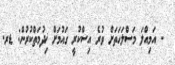
- އަމިއްލަ މަސްލަހަތަށް ވުރެ އިސްކުރީ ގައުމަށް ޚިދުމަތްކުރުން: ޑރ.